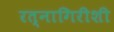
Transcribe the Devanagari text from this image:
रत्नागिरीशी